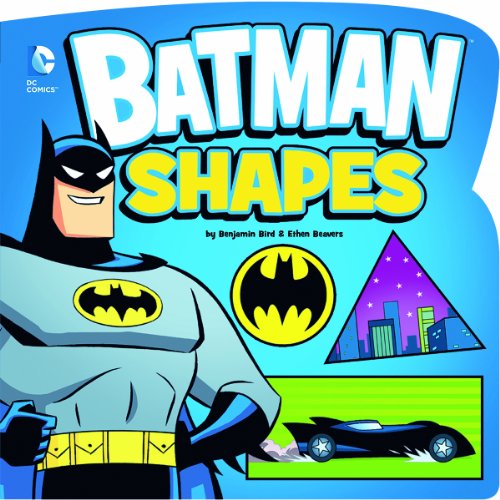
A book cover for Batman Shapes (DC Board Books); Benjamin Bird; Children's Books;